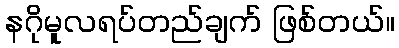
နဂိုမူလရပ်တည်ချက် ဖြစ်တယ်။